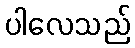
ပါလေသည်